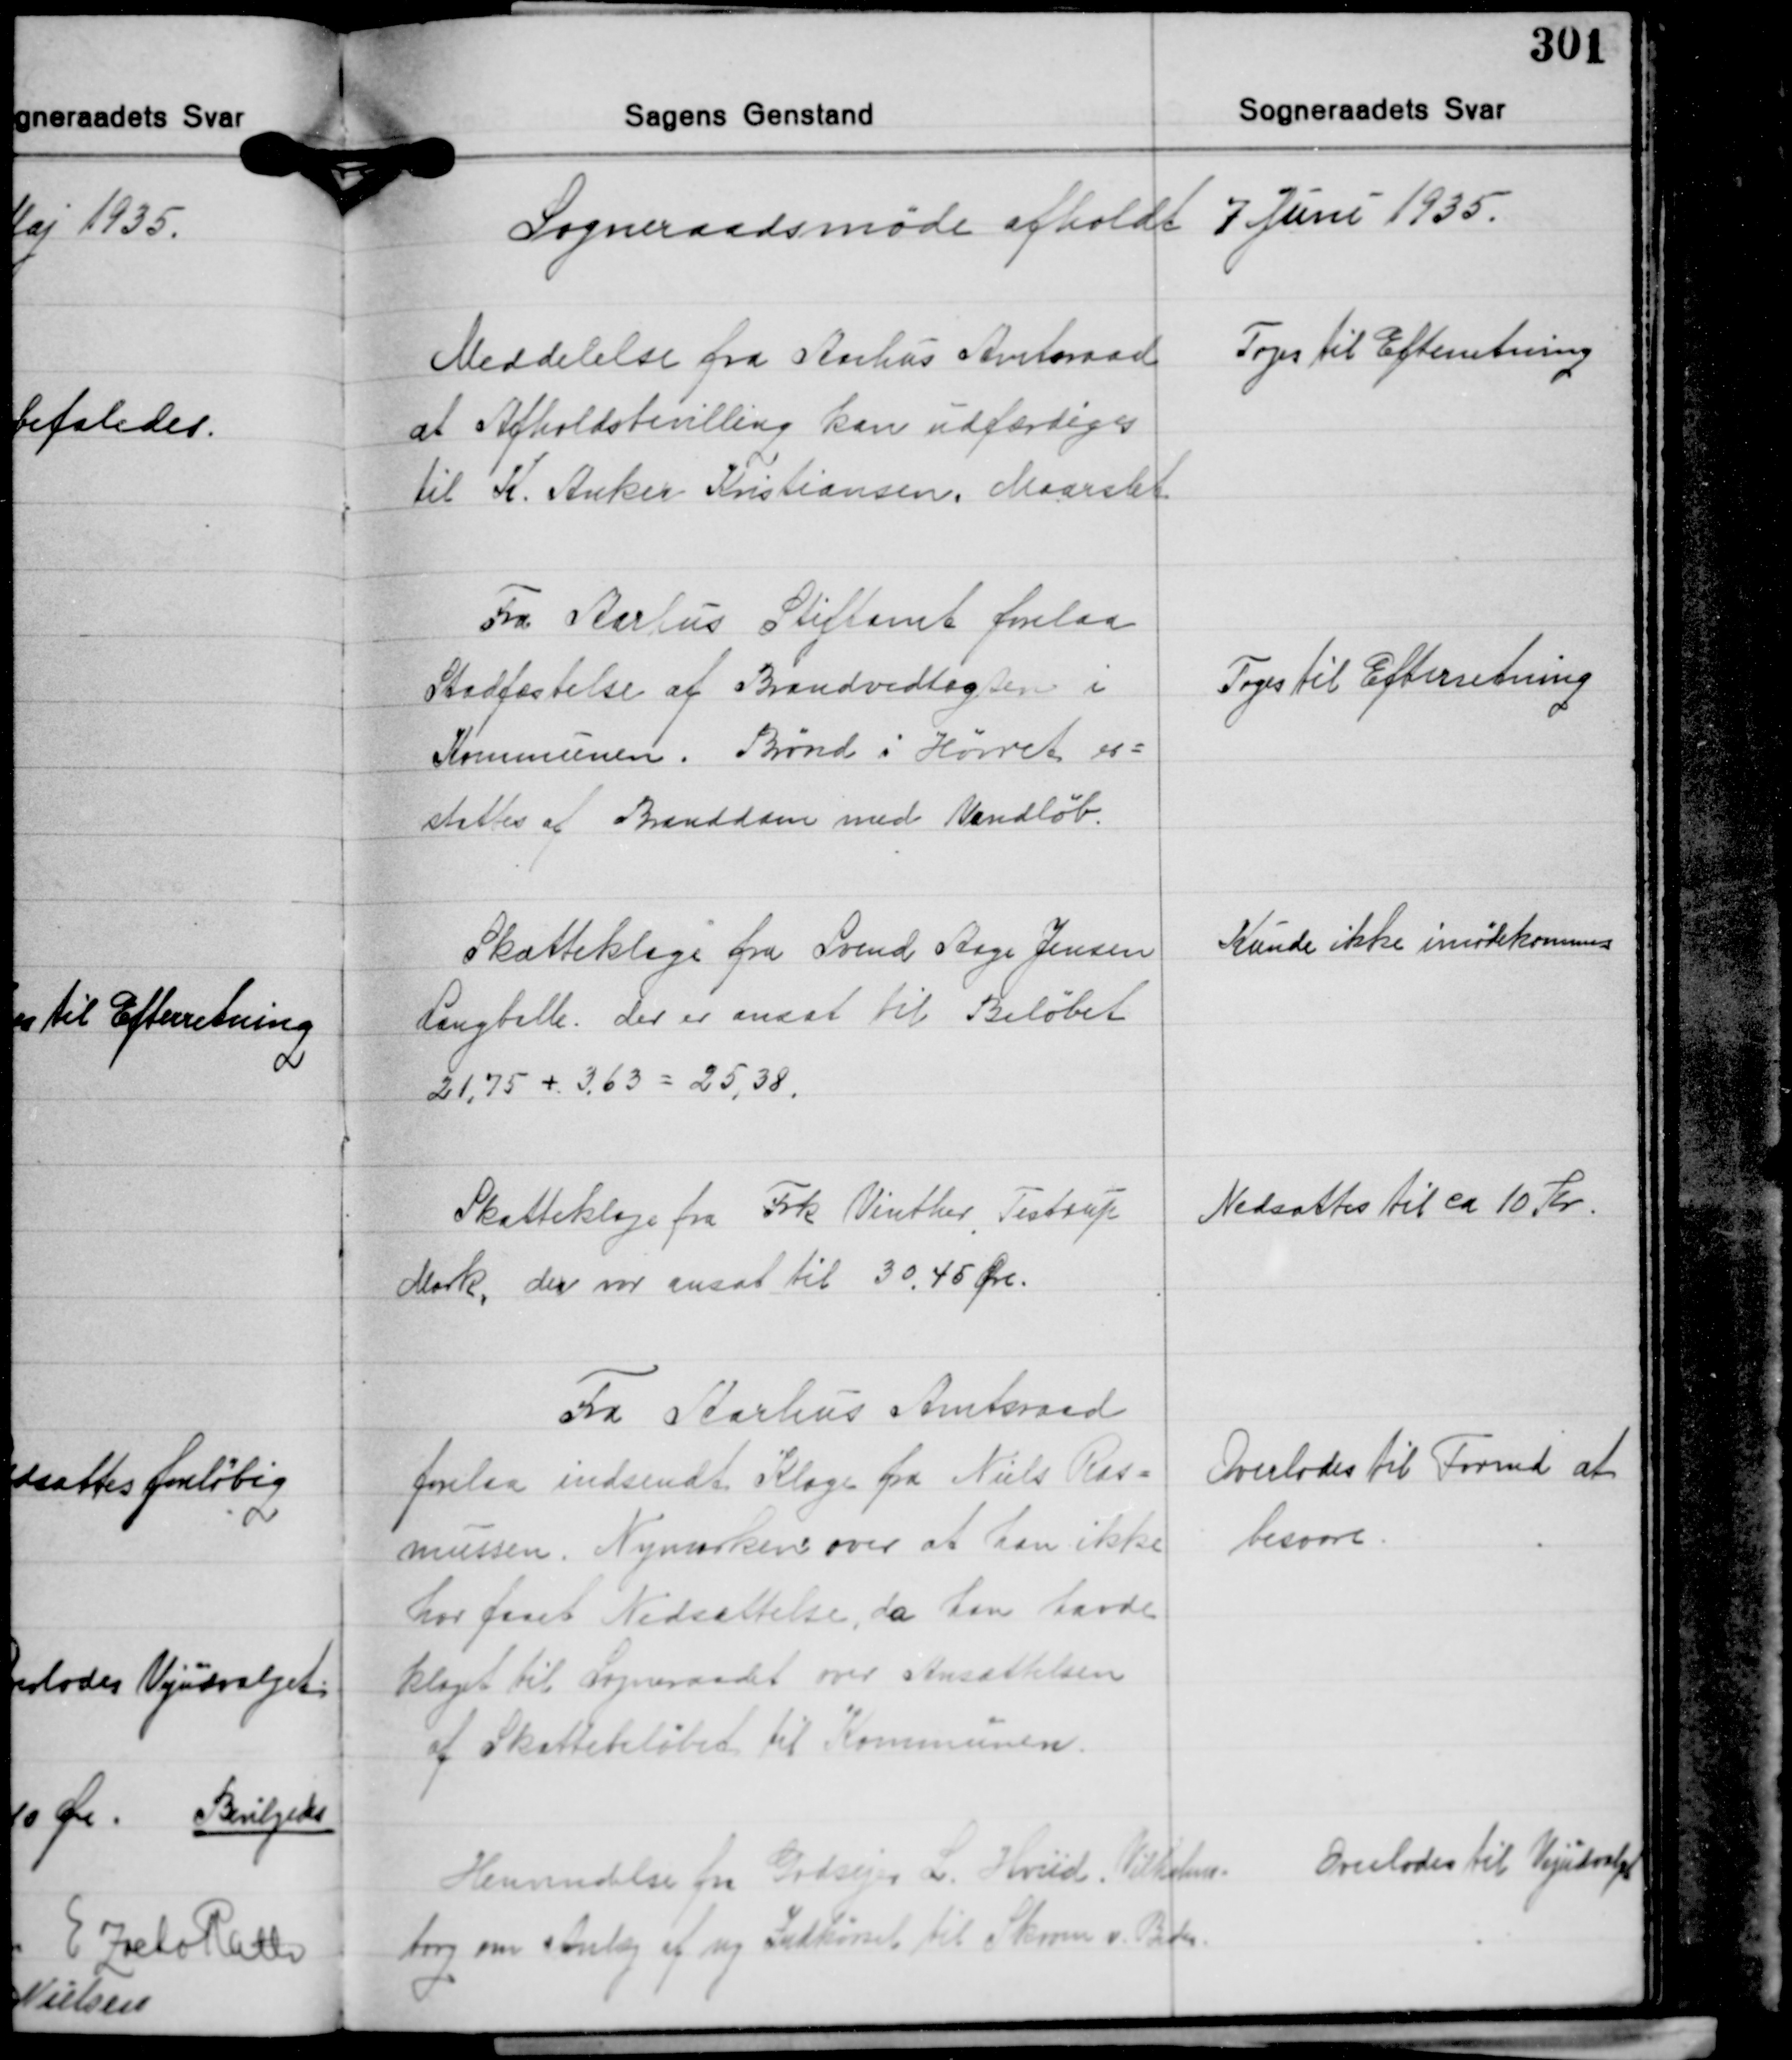
Transskription:
Sogneraadsmøde afholdt 7 Juni 1935.

Meddelelse fra Aarhus Amtsraad
at Afholdsbevilling kan udfærdiges
til K. Anker Kristiansen. Maarslet

Toges til Efterretning

Fra Aarhus Stiftamt forelaa
Stadfæstelse af Brandvedtægten i
Kommunen. Brønd i Hørret er-
stattes af Branddam med Vandløb.

Toges til Efterretning

Skatteklage fra Svend Aage Jensen
Langballe, der er ansat til Beløbet
21,75 + 3,63 = 25,38.

Kunde ikke imødekommes

Skatteklage fra Frk. Vinther, Testrup
Mark, der var ansat til 30,45 Øre.

Nedsattes til ca. 10 Kr.

Fra Aarhus Amtsraad
forelaa indsendt Klage fra Niels Ras-
mussen, Nymarken over at han ikke
har faaet Nedsættelse, da han havde
klaget til Sogneraadet over Ansættelsen
af Skattebeløbet til Kommunen.

Overlodes til Formd. at
besvare.

Henvendelse fra Godsejer L. Hviid, Vilhelms-
borg om Anlæg af ny Indkørsel til Skoven v. Beder.

Overlodes til Vejudvalg